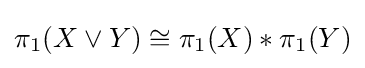
\pi _{1}(X\vee Y)\cong \pi _{1}(X)*\pi _{1}(Y)